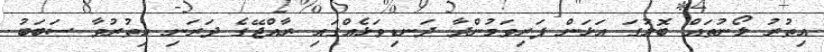
އިތުރު ލޯނުތައް ބޮލުގަ އަޅަން ފަރިވަމުންދާ ދަނޑިވަޅެއްގައި ރާއްޖޭގެ ދަރަނި އިތުރުވާ ސަބަބު